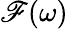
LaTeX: \mathscr{F}(\omega)